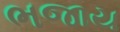
ભજાય